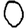
Digit: 0